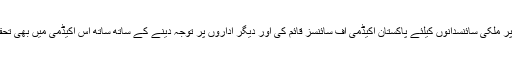
پھر 1953ء میں انہوں نے ذاتی طور پر ملکی سائنسدانوں کیلئے پاکستان اکیڈمی آف سائنسز قائم کی اور دیگر اداروں پر توجہ دینے کے ساتھ ساتھ اس اکیڈمی میں بھی تحقیقاتی سرگرمیوں کو فروغ دیتے رہے۔